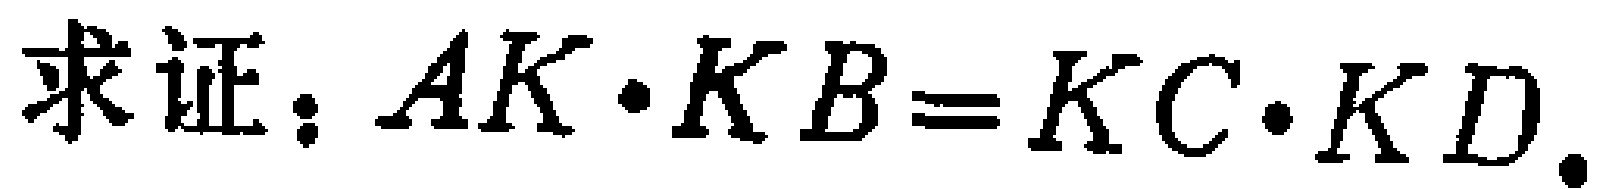
求证：$AK\cdot KB = KC\cdot KD$.